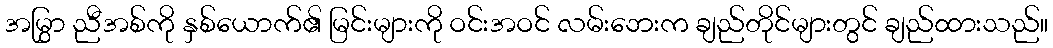
အမြွှာ ညီအစ်ကို နှစ်ယောက်၏ မြင်းများကို ဝင်းအဝင် လမ်းဘေးက ချည်တိုင်များတွင် ချည်ထားသည်။